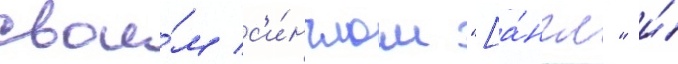
свои́м с'и́нглом "[а́нгл." и́